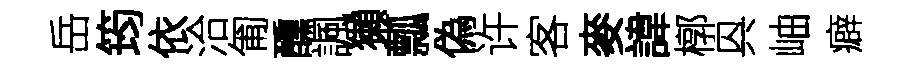
岳筠依洽匍醺諷獺瓢偽许客麥諱槨㒷岫癖